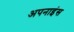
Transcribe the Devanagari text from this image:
अपनाइंस